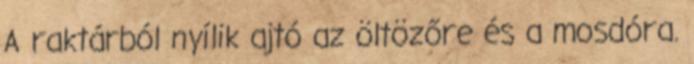
A raktárból nyílik ajtó az öltözőre és a mosdóra.